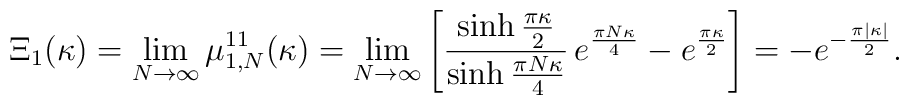
\Xi_{1}(\kappa)=\lim_{N\to\infty} \mu_{1,N}^{11}(\kappa)=\lim_{N\to\infty}\left[\frac{\sinh\frac{\pi\kappa}{2}}{\sinh\frac{\pi N\kappa}{4}}\,e^{\frac{\pi N\kappa}{4}}-e^{\frac{\pi\kappa}{2}}\right]=-e^{-\frac{\pi|\kappa|}{2}}.